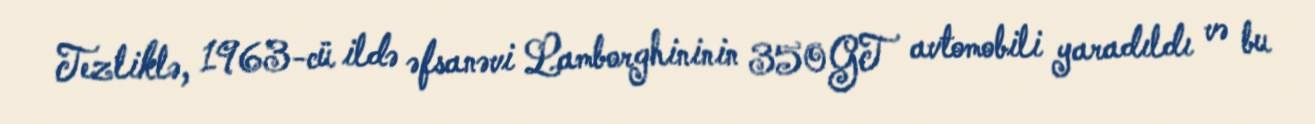
Tezliklə, 1963-cü ildə əfsanəvi Lamborghininin 350GT avtomobili yaradıldı və bu